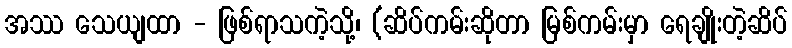
အဿ သေယျထာ - ဖြစ်ရာသကဲ့သို့၊ (ဆိပ်ကမ်းဆိုတာ မြစ်ကမ်းမှာ ရေချိုးတဲ့ဆိပ်